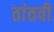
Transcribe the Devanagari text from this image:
तांतवी